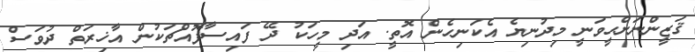
ޤަޒީންނަށްޙީވަނީ މިދުނިޔެ އެކަނިހެން އޮތީ. އަދި މީހަކު ދޭ ފައިސާފޮއްޗަކުން އާޚިރަތް ދުވަސް